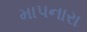
માપનારા